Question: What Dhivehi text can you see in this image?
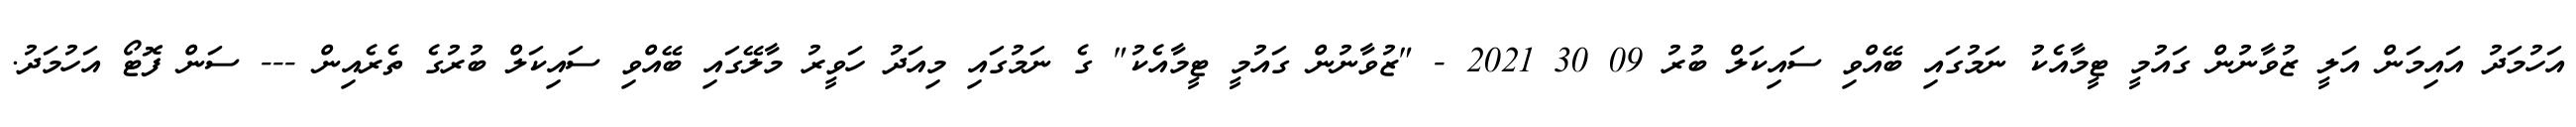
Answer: އަހުމަދު އައިމަން އަލީ ޒުވާނުން ގައުމީ ޓީމާއެކު ނަމުގައި ބޭއްވި ސައިކަލް ބުރު 09 30 2021 - "ޒުވާނުން ގައުމީ ޓީމާއެކު" ގެ ނަމުގައި މިއަދު ހަވީރު މާލޭގައި ބޭއްވި ސައިކަލް ބުރުގެ ތެރެއިން --- ސަން ފޮޓޯ އަހުމަދު.